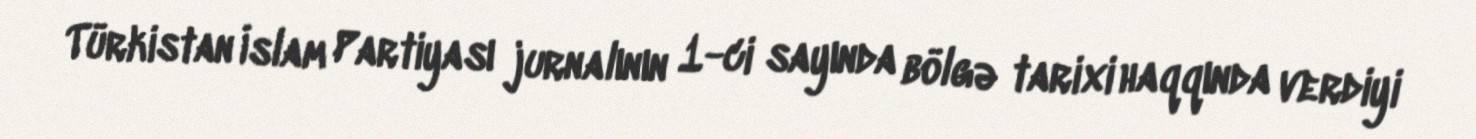
Türkistan İslam Partiyası jurnalının 1-ci sayında bölgə tarixi haqqında verdiyi